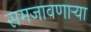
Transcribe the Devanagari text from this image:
समजावणाऱ्या